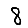
Digit: 8